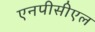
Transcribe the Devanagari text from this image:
एनपीसीएल